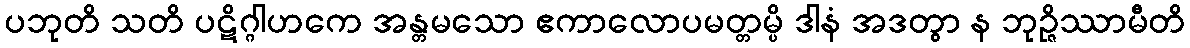
ပဘုတိ သတိ ပဋိဂ္ဂါဟကေ အန္တမသော ဧကာလောပမတ္တမ္ပိ ဒါနံ အဒတွာ န ဘုဉ္ဇိဿာမီတိ